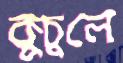
কুচুলে